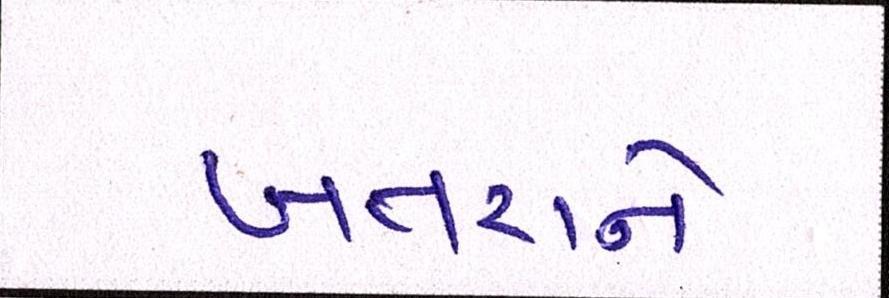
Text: ખતરાને